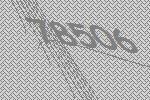
78506